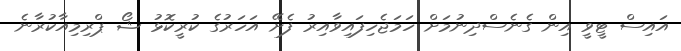
އައިސް ޓީވީ އިން ގެނެސްދިނުމަށް ހަމަޖެހިފައިވާއިރު ފެށޭ އަހަރުގެ ކުރީކޮޅު ޝޯ ޕްރިމިއާކުރާނެ